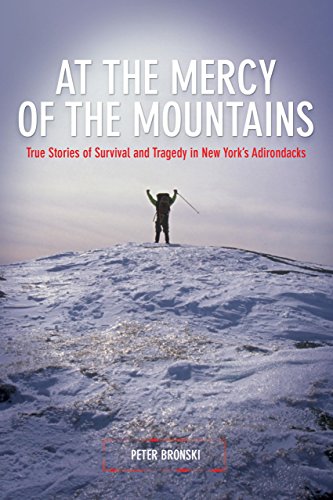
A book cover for At the Mercy of the Mountains: True Stories Of Survival And Tragedy In New York's Adirondacks; Peter Bronski; Science & Math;